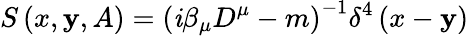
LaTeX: S\left(x,\mathbf{y},A\right)=\left(\mathit{i}\beta_{\mu}D^{\mu}-m\right)^{-1}\delta^{4}\left(x-\mathbf{y}\right)